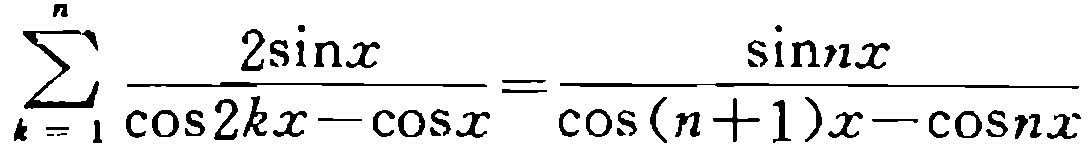
\(\sum_{k = 1}^{n}\frac{2\sin x}{\cos 2kx - \cos x}=\frac{\sin nx}{\cos (n + 1)x - \cos nx}\)